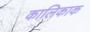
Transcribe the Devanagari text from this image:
कालिकाक